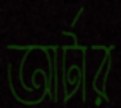
আর্টার